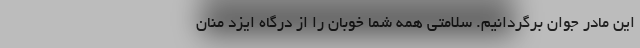
این مادر جوان برگردانیم. سلامتی همه شما خوبان را از درگاه ایزد منان